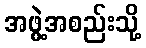
အဖွဲ့အစည်းသို့